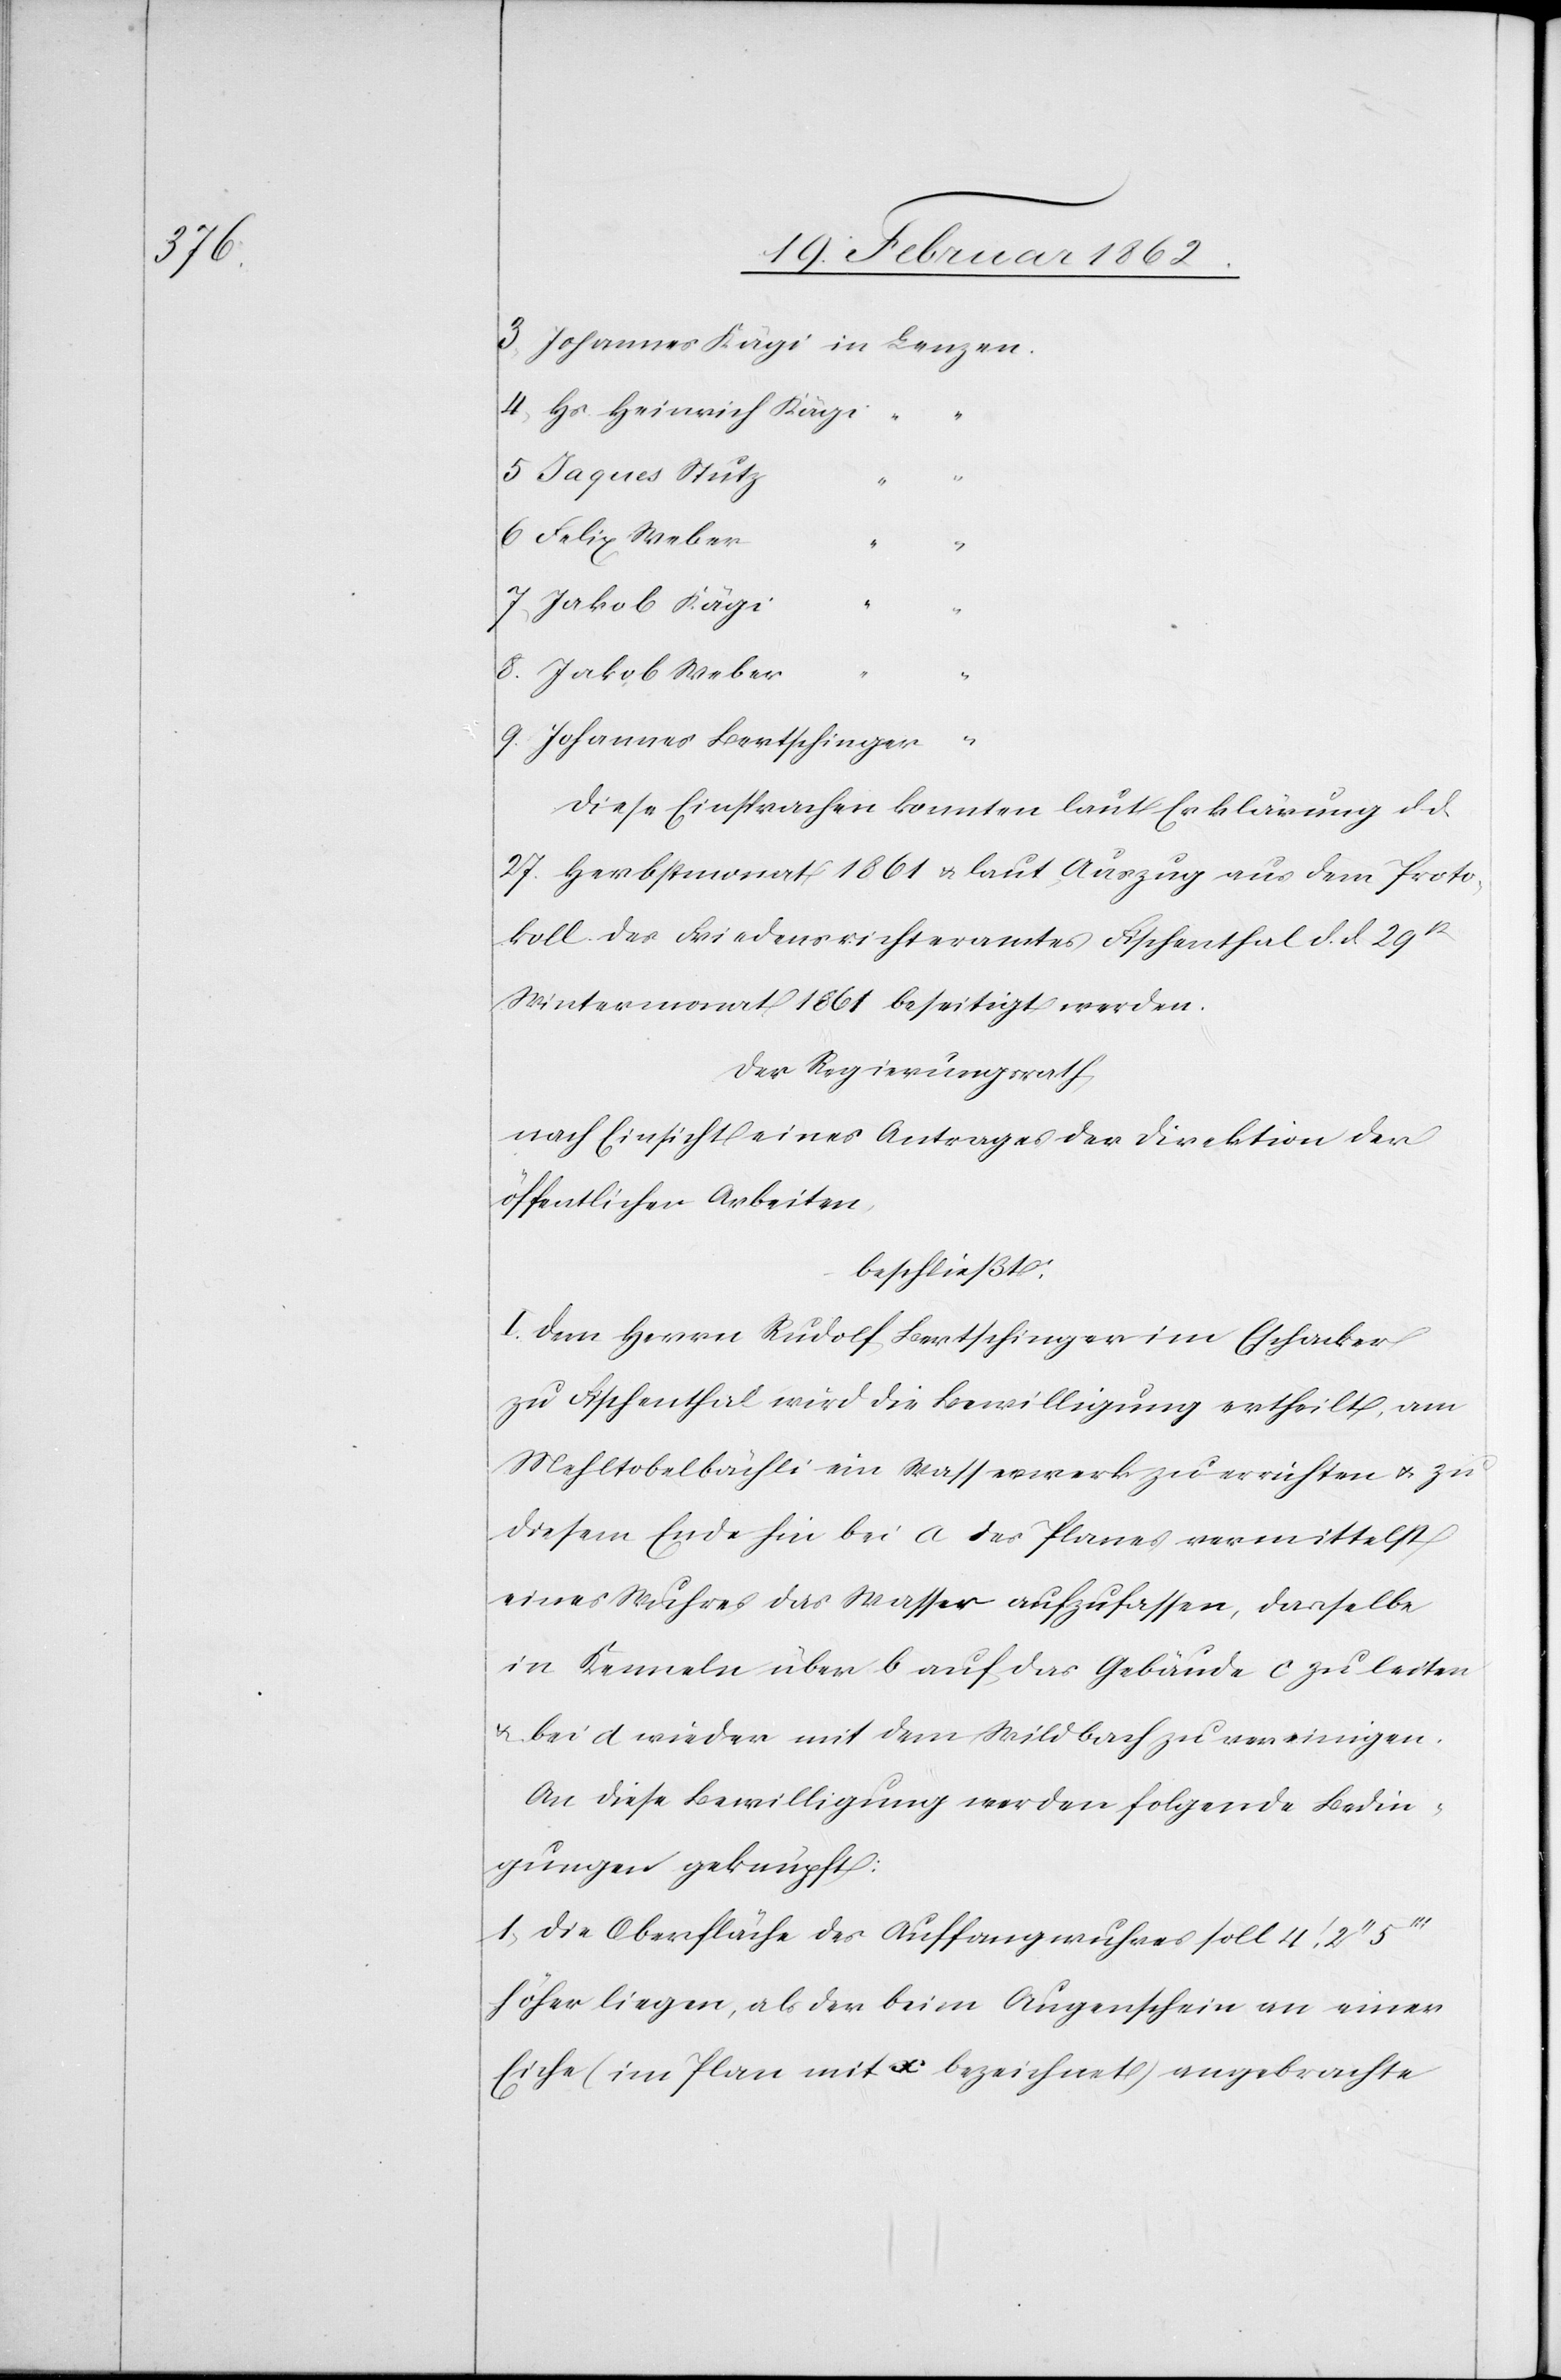
3) Johannes Kägi in Lenzen.
4) Hs. Heinrich Kägi “
5) Jaques Stutz
“
6) Felix Weber
7) Jakob Kägi
8) Jakob Weber
“
9) Johannes Bertschinger
Diese Einsprachen konnten laut Erklärung d. d.
27. Herbstmonat 1861 u. laut Auszug aus dem Proto¬
koll des Friedensrichteramtes Fischenthal d. d. 29t
Wintermonat 1861 beseitigt werden.
Der Regierungsrath,
nach Einsicht eines Antrages der Direktion der
öffentlichen Arbeiten,
beschließt:
I. Dem Herrn Rudolf Bertschinger im Eschacker
zu Fischenthal wird die Bewilligung ertheilt, am
Mehltobelbächli ein Wasserwerk zu errichten u. zu
diesem Ende hin bei a des Planes vermittelst
eines Wuhres das Wasser aufzufassen, dasselbe
in Kenneln über b auf das Gebäude c zu leiten
u. bei d wieder mit dem Wildbach zu vereinigen.
An diese Bewilligung werden folgende Bedin¬
gungen geknüpft:
1) Die Oberfläche des Auffangwuhres soll 4’ 2’’
höher liegen, als der beim Augenschein an einer
Eiche (im Plan mit x bezeichnet) angebrachte